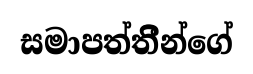
සමාපත්තිීන්ගේ